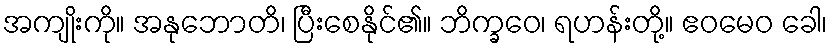
အကျိုးကို။ အနုဘောတိ၊ ပြီးစေနိုင်၏။ ဘိက္ခဝေ၊ ရဟန်းတို့။ ဧဝမေဝ ခေါ၊